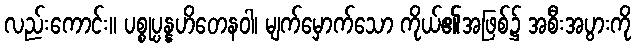
လည်းကောင်း။ ပစ္စုပ္ပန္နဟိတေနဝါ၊ မျက်မှောက်သော ကိုယ်၏အဖြစ်၌ အစီးအပွားကို